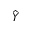
\hat { Y }